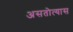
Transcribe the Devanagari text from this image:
असतोत्यास